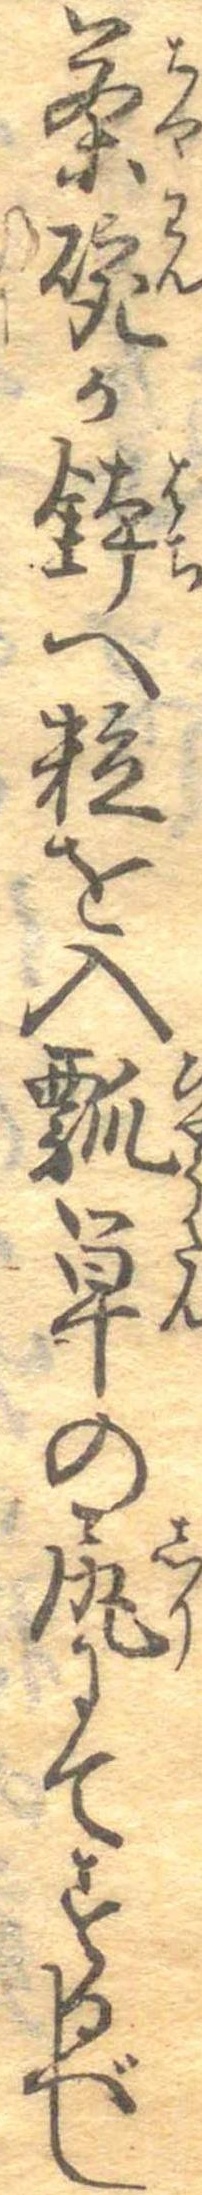
茶碗か鉢へ粒を入瓢単の尻にてするべし